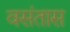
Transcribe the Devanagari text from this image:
वसंतास